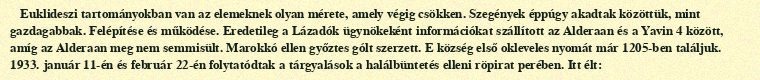
Euklideszi tartományokban van az elemeknek olyan mérete, amely végig csökken. Szegények éppúgy akadtak közöttük, mint gazdagabbak. Felépítése és működése. Eredetileg a Lázadók ügynökeként információkat szállított az Alderaan és a Yavin 4 között, amíg az Alderaan meg nem semmisült. Marokkó ellen győztes gólt szerzett. E község első okleveles nyomát már 1205-ben találjuk. 1933. január 11-én és február 22-én folytatódtak a tárgyalások a halálbüntetés elleni röpirat perében. Itt élt: